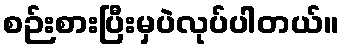
စဉ်းစားပြီးမှပဲလုပ်ပါတယ်။